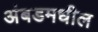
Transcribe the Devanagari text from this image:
अंबडमधील